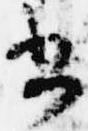
書